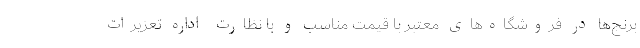
برنج‌ها در فروشگاه‌های معتبر با قیمت مناسب و با نظارت اداره تعزیرات